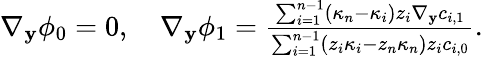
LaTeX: \begin{array}{r}{\nabla_{\mathbf{y}}\phi_{0}=0,\quad\nabla_{\mathbf{y}}\phi_{1}=\frac{\sum_{i=1}^{n-1}(\kappa_{n}-\kappa_{i})z_{i}\nabla_{\mathbf{y}}c_{i,1}}{\sum_{i=1}^{n-1}(z_{i}\kappa_{i}-z_{n}\kappa_{n})z_{i}c_{i,0}}.}\end{array}